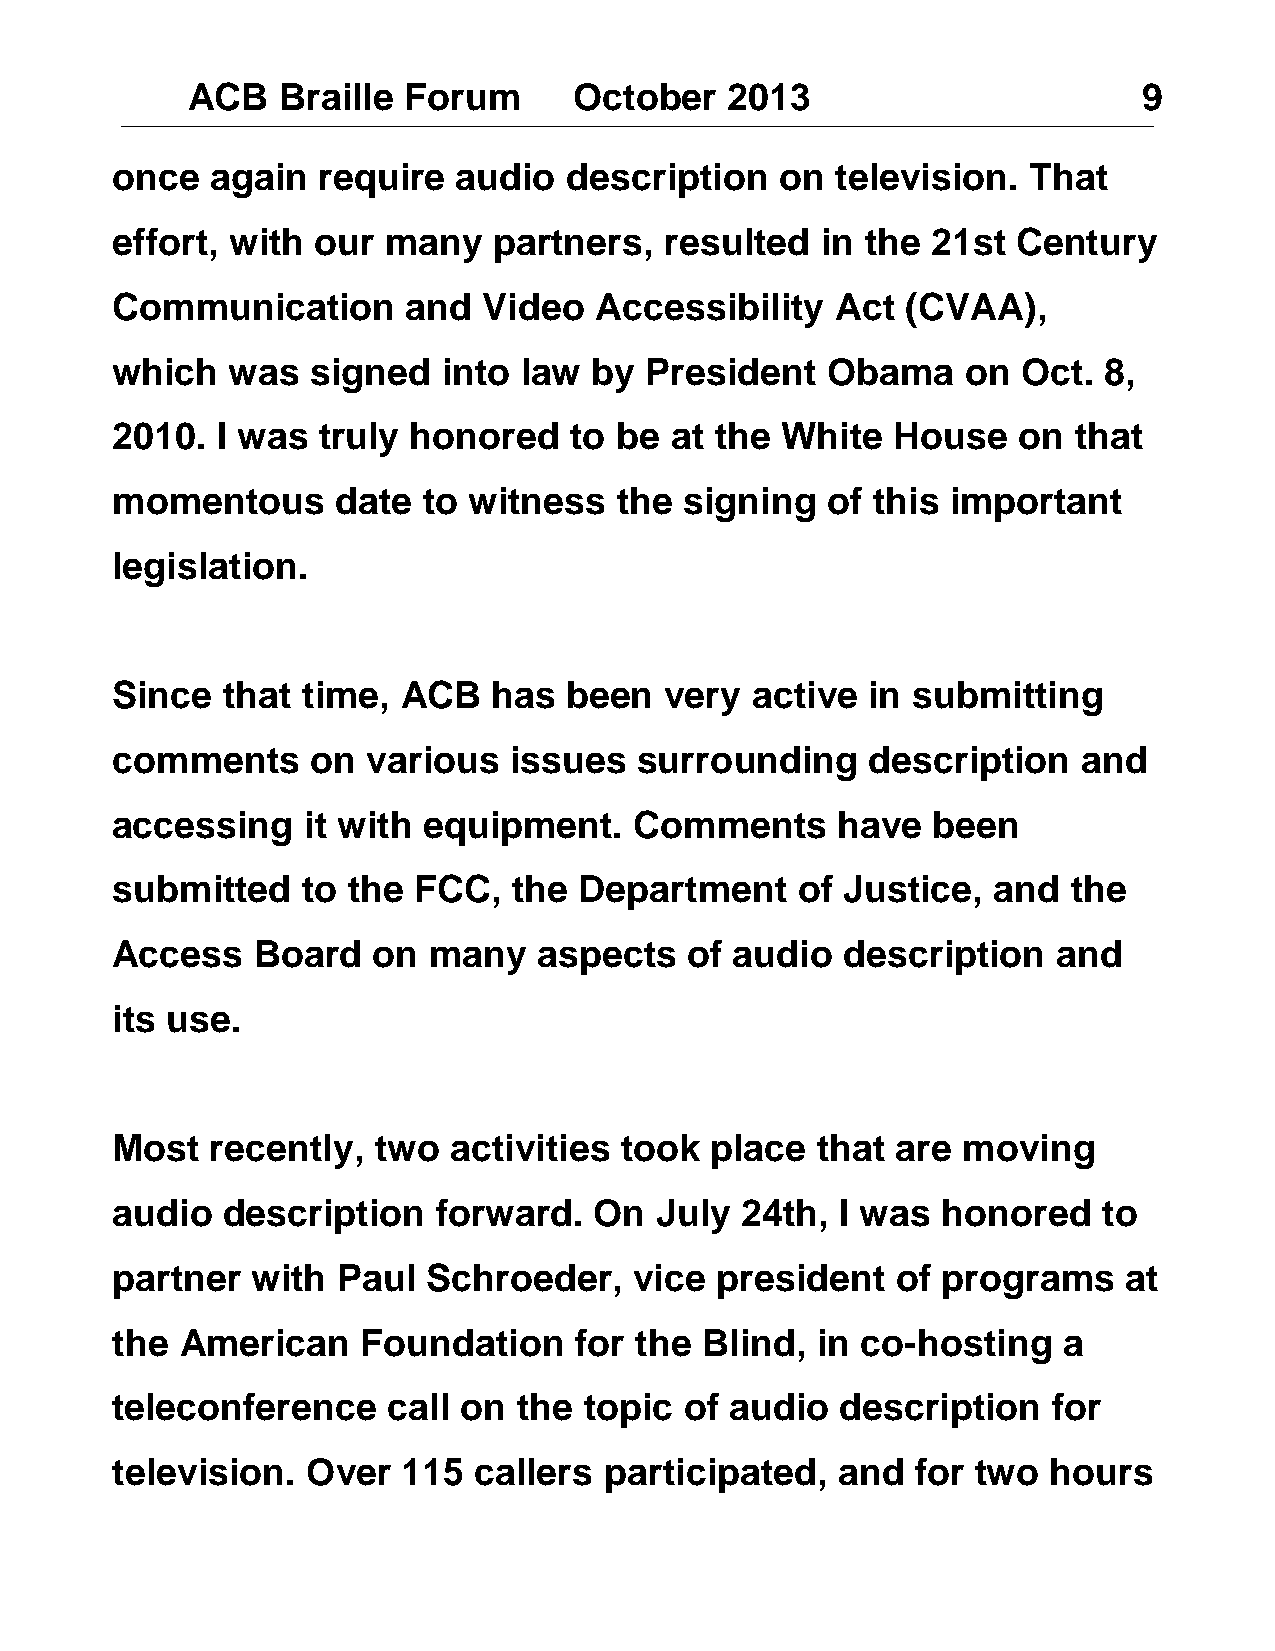
ACB   Braille  Forum      October   2013                        9
 once   again  require  audio   description   on television.  That
 effort, with  our  many   partners,  resulted  in the  21st Century
 Communication       and  Video  Accessibility   Act  (CVAA),
 which   was   signed  into  law by  President   Obama    on  Oct. 8,
 2010.  I was  truly honored    to be at the  White  House   on  that
 momentous      date  to witness   the signing   of this important
 legislation.
 Since   that time,  ACB   has  been  very  active  in submitting
 comments      on various   issues  surrounding     description   and
 accessing    it with equipment.    Comments     have   been
 submitted    to the FCC,   the Department     of Justice,  and  the
 Access    Board   on many    aspects   of audio  description   and
 its use.
 Most   recently,  two  activities took  place  that are  moving
 audio   description   forward.  On  July  24th,  I was honored    to
 partner   with Paul  Schroeder,    vice president   of programs    at
 the  American    Foundation    for the Blind,  in co-hosting   a
 teleconference     call on the  topic of audio   description   for
 television.  Over   115 callers  participated,  and   for two  hours